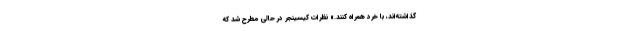
گذاشته‌اند، با خِرد همراه کنند.» نظرات کیسینجر در حالی مطرح شد که